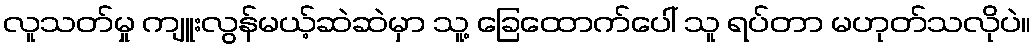
လူသတ်မှု ကျူးလွန်မယ့်ဆဲဆဲမှာ သူ့ ခြေထောက်ပေါ် သူ ရပ်တာ မဟုတ်သလိုပဲ။